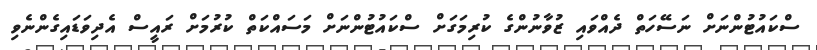
ސްކައުޓުންނަށް ނަސޭހަތް ދެއްވައި ޒުވާނުންގެ ކުރިމަގަށް ސްކައުޓުންނަށް މަސައްކަތް ކުރުމަށް ރައީސް އެދިވަޑައިގެންނެވި